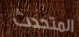
المتحدث